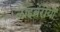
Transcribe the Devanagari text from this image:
लाइब्रेरीयों